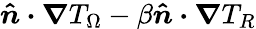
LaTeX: \boldsymbol{\hat{n}\cdot\nabla}T_{\Omega}-\beta\boldsymbol{\hat{n}\cdot\nabla}T_{R}